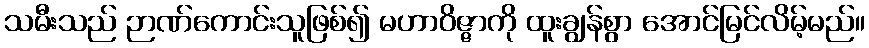
သမီးသည် ဉာဏ်ကောင်းသူဖြစ်၍ မဟာဝိဇ္ဇာကို ထူးချွန်စွာ အောင်မြင်လိမ့်မည်။